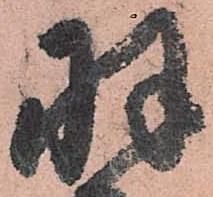
羽